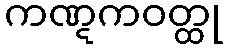
ကဏ္ဋကဝတ္ထု